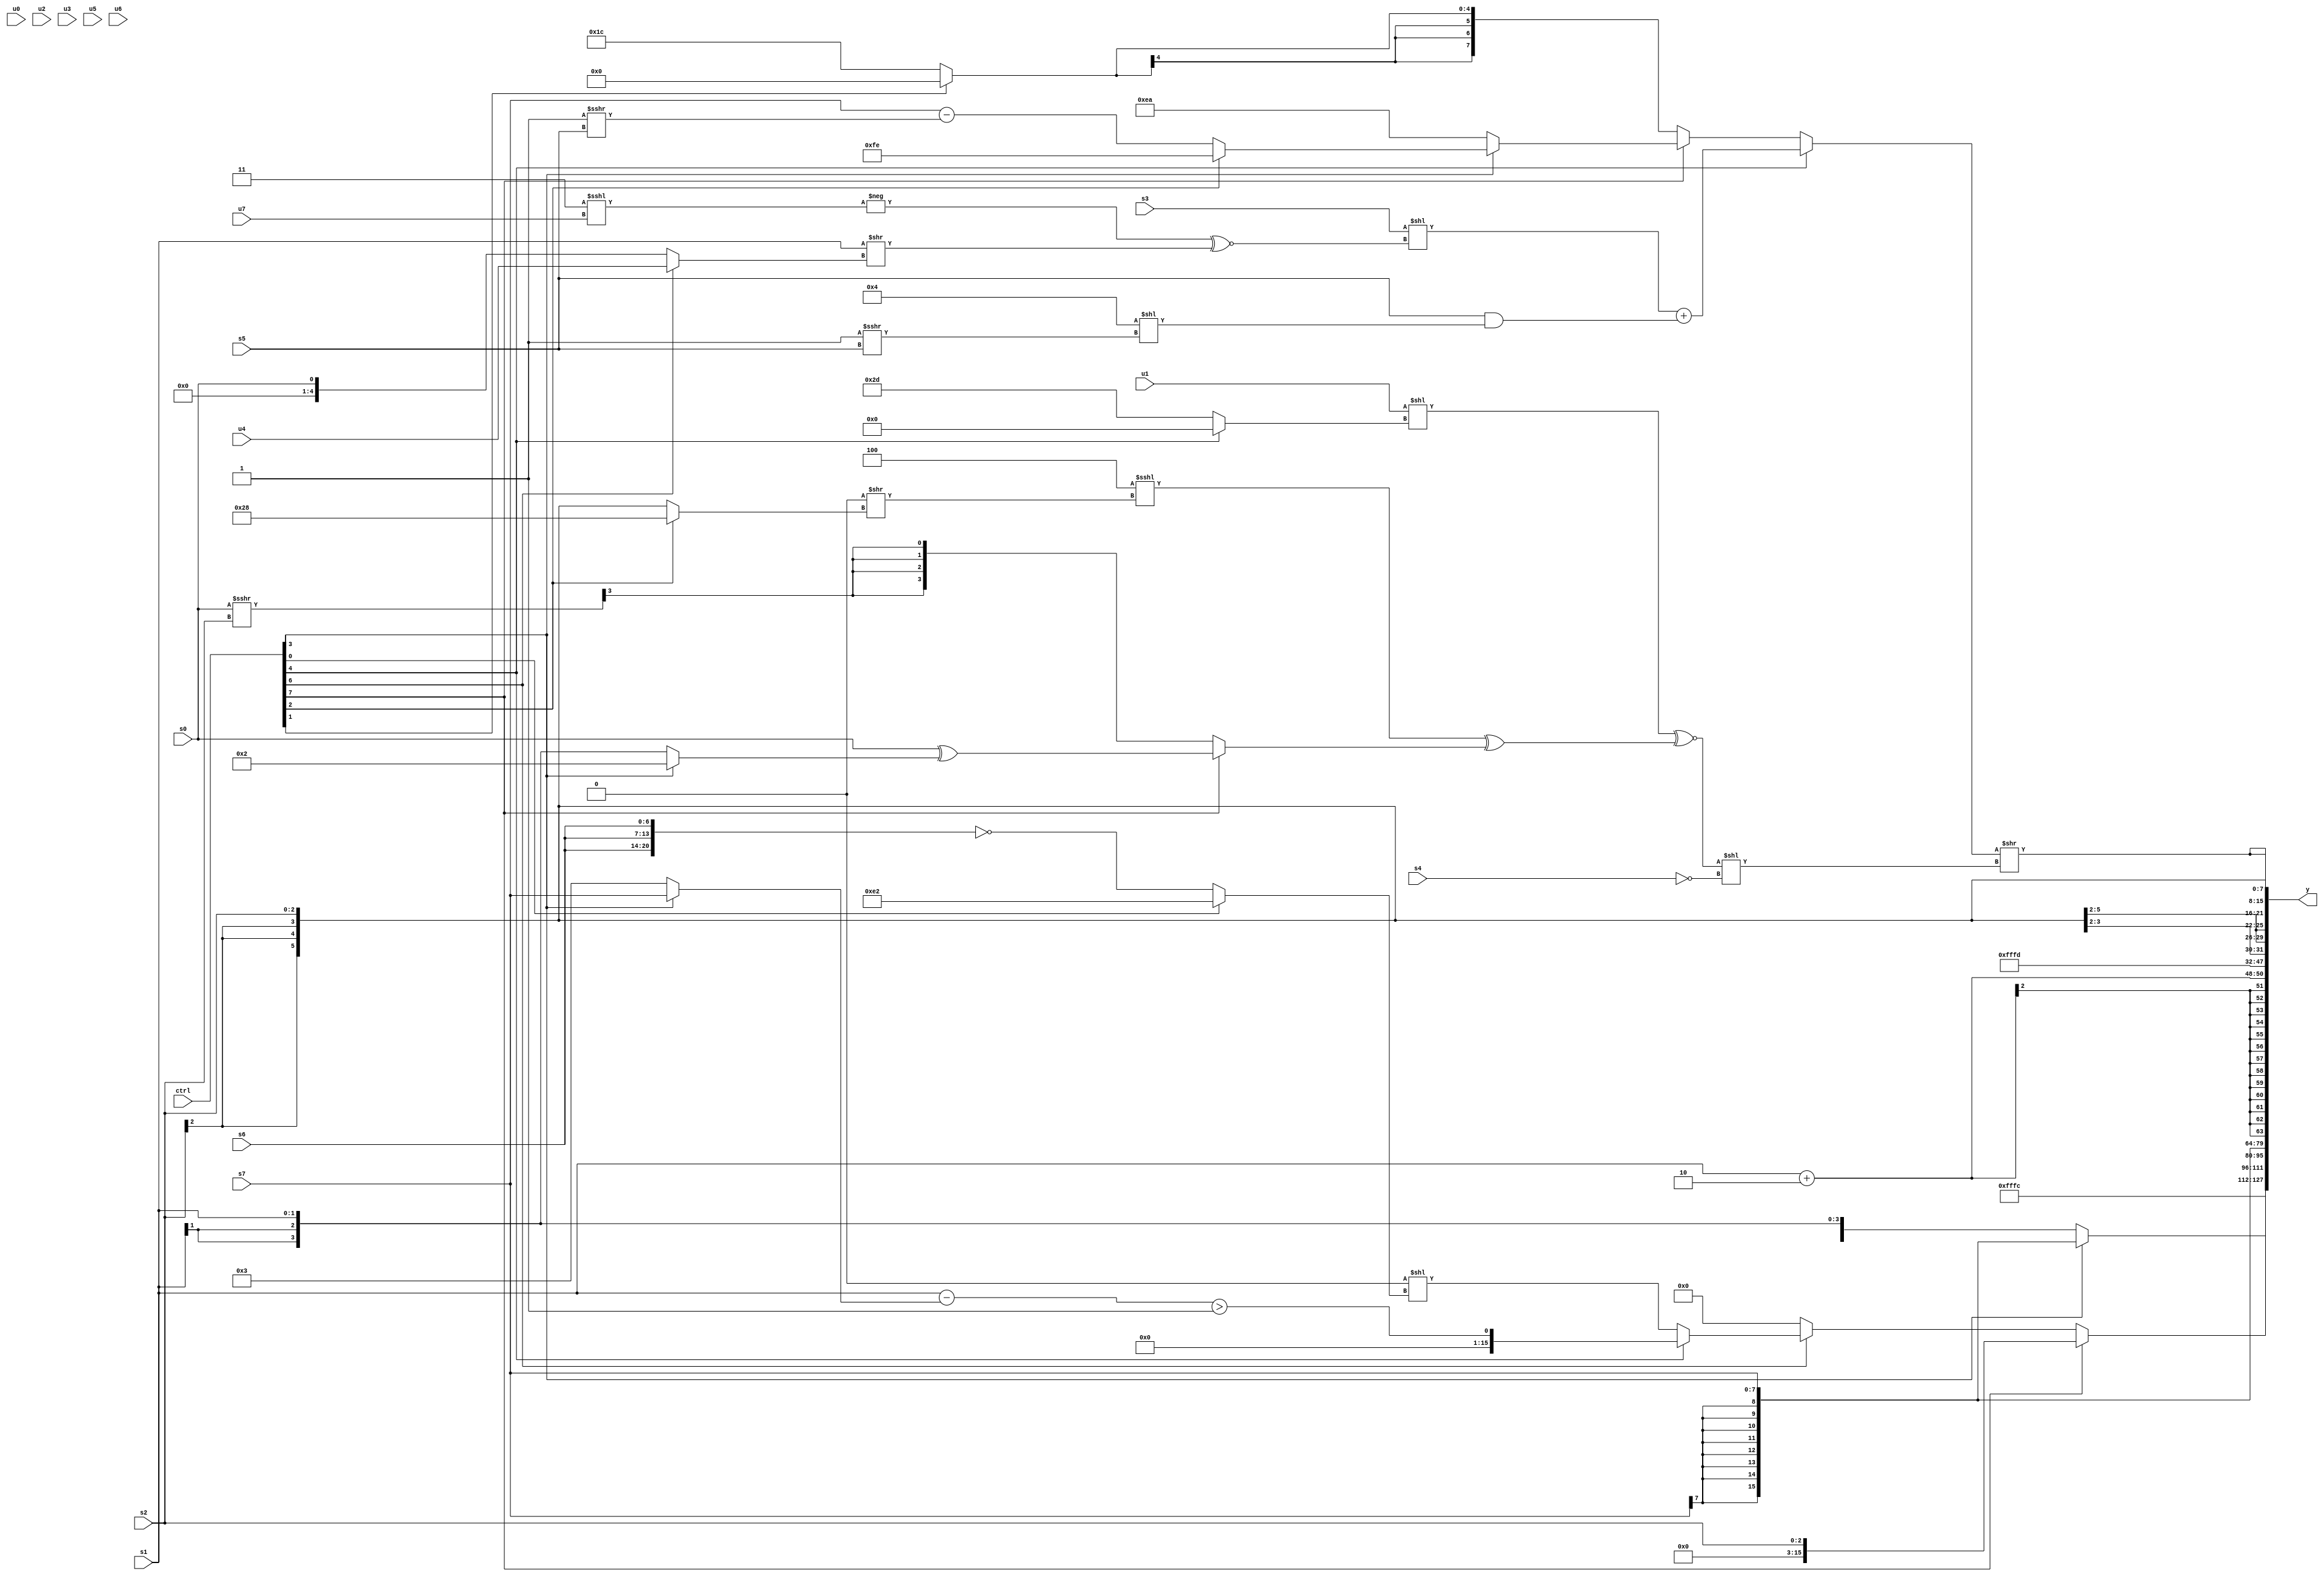
module wideexpr_00045(ctrl, u0, u1, u2, u3, u4, u5, u6, u7, s0, s1, s2, s3, s4, s5, s6, s7, y);
  input [7:0] ctrl;
  input [0:0] u0;
  input [1:0] u1;
  input [2:0] u2;
  input [3:0] u3;
  input [4:0] u4;
  input [5:0] u5;
  input [6:0] u6;
  input [7:0] u7;
  input signed [0:0] s0;
  input signed [1:0] s1;
  input signed [2:0] s2;
  input signed [3:0] s3;
  input signed [4:0] s4;
  input signed [5:0] s5;
  input signed [6:0] s6;
  input signed [7:0] s7;
  output [127:0] y;
  wire [15:0] y0;
  wire [15:0] y1;
  wire [15:0] y2;
  wire [15:0] y3;
  wire [15:0] y4;
  wire [15:0] y5;
  wire [15:0] y6;
  wire [15:0] y7;
  assign y = {y0,y1,y2,y3,y4,y5,y6,y7};
  assign y0 = -(4'sb0100);
  assign y1 = (ctrl[3]?(ctrl[3]?s7:$signed(({3{+($signed((5'sb00000)<<(4'sb0011)))}})-(3'sb011))):s1);
  assign y2 = (ctrl[7]?+(s2):+((ctrl[6]?(ctrl[4]?+(((s1)-((ctrl[3]?s7:4'sb0011)))>(1'sb1)):(+(($signed(5'sb00001))>>((2'sb00)<=(2'sb00))))<<((ctrl[0]?({3{3'sb011}})+(3'b111):~({3{s6}})))):2'sb00)));
  assign y3 = s7;
  assign y4 = (s1)+(3'sb110);
  assign y5 = 5'sb11101;
  assign y6 = $signed(s2);
  assign y7 = {4{((ctrl[4]?((s3)<<((-((5'sb00011)<<<(u7)))^~(({s1})>>((ctrl[6]?u4:s0)))))+($signed(($signed(s5))&(((4'sb0011)-(3'sb111))<<((1'sb1)>>>(s5))))):(ctrl[7]?(ctrl[3]?(ctrl[2]?$signed($signed(2'sb10)):(s7)-((2'sb11)>>>(s5))):6'sb101010):$signed($signed((ctrl[1]?{1{1'sb0}}:(5'b11110)<<<(2'sb01)))))))>>((($signed($signed(($signed(u1))<<((ctrl[4]?4'sb0000:6'sb101101)))))^~((((3'sb100)>>>((s2)<<<(3'sb101)))<<<(((1'sb0)>>(2'sb10))>>((ctrl[2]?6'sb101000:s2))))^((ctrl[7]?(s0)^((ctrl[3]?4'sb0010:s1)):((s0)>>>(s2))>>>(6'sb010110)))))<<((3'sb000)==(+(s4))))}};
endmodule